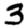
Digit: 3